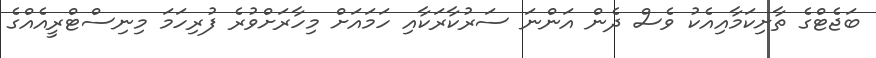
ބަޖެޓްގެ ތާށިކަމާއިއެކު ވެސް ދެން އަންނަ ސަރުކާރަކާއި ހަމައަށް މިހާރަށްވުރެ ފުރިހަމަ މިނިސްޓްރީއެއްގެ